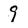
Character: 9